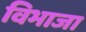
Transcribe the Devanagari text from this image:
विभाजा